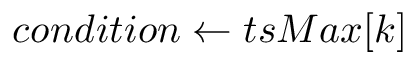
c o n d i t i o n \gets t s M a x [ k ]